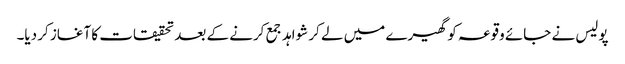
پولیس نے جائے وقوعہ کو گھیرے میں لے کر شواہد جمع کرنے کے بعد تحقیقات کا آغاز کر دیا۔